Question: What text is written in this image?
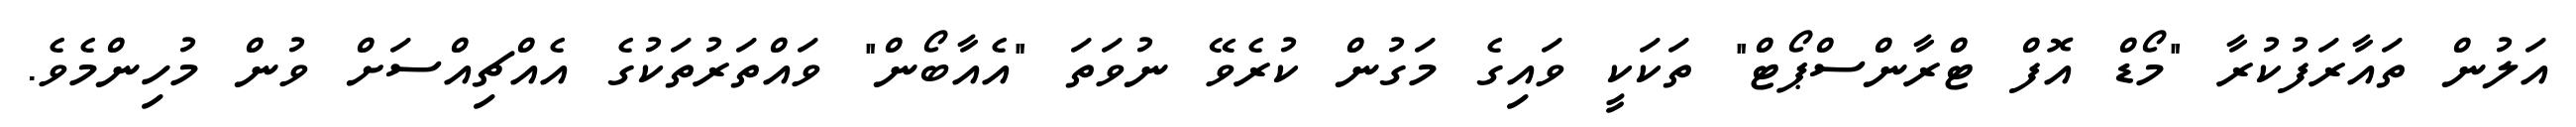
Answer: އަލުން ތައާރަފުކުރާ "މޯޑް އޮފް ޓްރާންސްޕޯޓް" ތަކަކީ ވައިގެ މަގުން ކުރެވޭ ނުވަތަ "އެއާބޯން" ވައްތަރުތަކުގެ އެއްޗިއްސަށް ވުން މުހިންމެވެ.